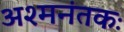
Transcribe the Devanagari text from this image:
अश्‍मनंतकः